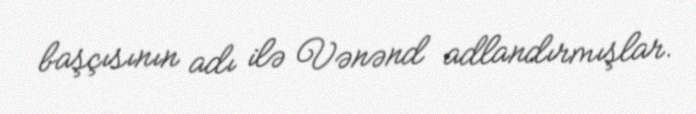
başçısının adı ilə Vənənd adlandırmışlar.